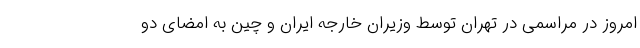
امروز در مراسمی در تهران توسط وزیران خارجه ایران و چین به امضای دو